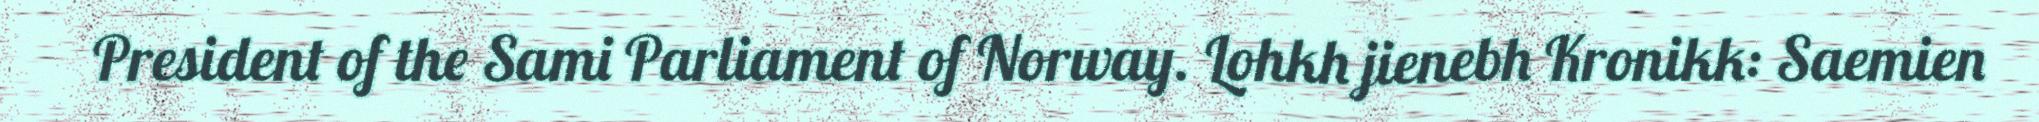
President of the Sami Parliament of Norway. Lohkh jienebh Kronikk: Saemien